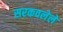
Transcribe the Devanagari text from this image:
सरकवलेले